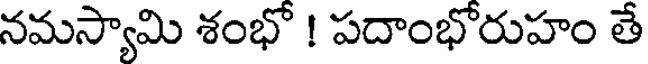
నమస్యామి శంభో ! పదాంభోరుహం తే